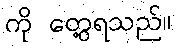
ကို တွေ့ရသည်။